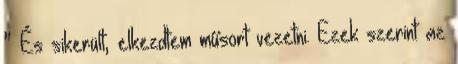
” És sikerült, elkezdtem műsort vezetni. Ezek szerint az